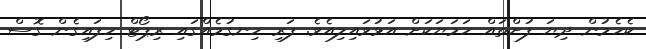
ކެހެމުން ދިޔަ ފުށްތައް ހަމަޔަކަށް އަޅުވައިލިއެވެ. ފަރި ހިނގުމެއްގައި ރިޕޯޓް ހިފައިގެން ގޮސް